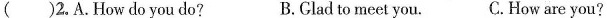
( )2. A. How do you do? B. Clad to meet you. C .How are you?